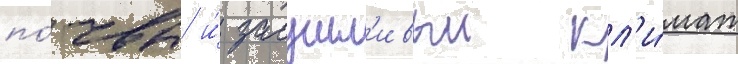
по́чвы и́ засушл'ивыи кл'и́мат